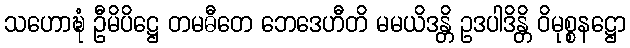
သဟောဍ္ဎံ ဦမိပိဋ္ဌေ တမဓီတေ ဘေဒေဟီတိ မမယိဒန္တိ ဥဒပါဒိန္တိ ဝိမုစ္စနဋ္ဌော